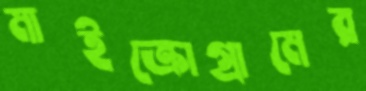
মাইক্রোগ্রামের